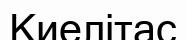
Киелітас